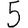
Digit: 5